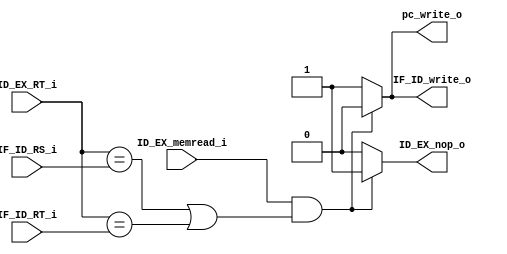
module HazardDetection
(
	ID_EX_memread_i,
	ID_EX_RT_i,
	IF_ID_RS_i,
	IF_ID_RT_i,
	ID_EX_nop_o,
	IF_ID_write_o,
	pc_write_o
);

input		ID_EX_memread_i;
input [4:0] ID_EX_RT_i;
input [4:0]	IF_ID_RS_i;
input [4:0]	IF_ID_RT_i;

output reg	ID_EX_nop_o;
output reg	IF_ID_write_o;
output reg	pc_write_o;

always@(*)
begin
	if (ID_EX_memread_i && (ID_EX_RT_i == IF_ID_RS_i || ID_EX_RT_i == IF_ID_RT_i))
	begin
		ID_EX_nop_o = 1'b1;
		IF_ID_write_o = 1'b0;
		pc_write_o = 1'b0;
	end
	else
	begin
		ID_EX_nop_o = 1'b0;
		IF_ID_write_o = 1'b1;
		pc_write_o = 1'b1;
	end
end
endmodule